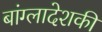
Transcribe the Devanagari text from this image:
बांग्लादेशकी